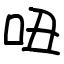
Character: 吜